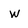
Character: w